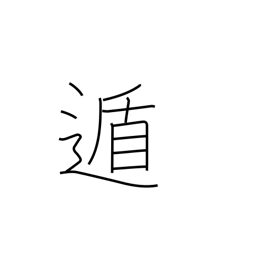
Meaning: flee